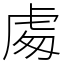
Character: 䖏